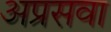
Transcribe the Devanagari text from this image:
अप्रसवा